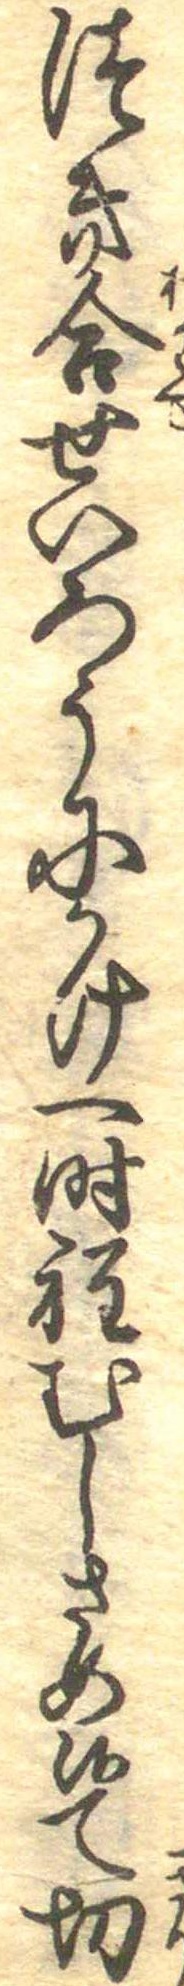
つき合せいろうにかけ一時程むしさめ候て切